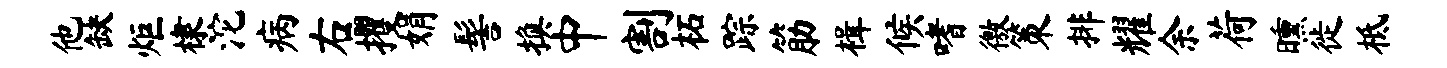
他缺炬棣沱病右攫娟髻换中割柘踪筋楫候嗜徼策排耀余荷曛徙柢